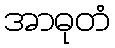
အာဓုတံ